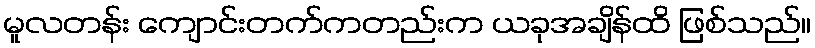
မူလတန်း ကျောင်းတက်ကတည်းက ယခုအချိန်ထိ ဖြစ်သည်။